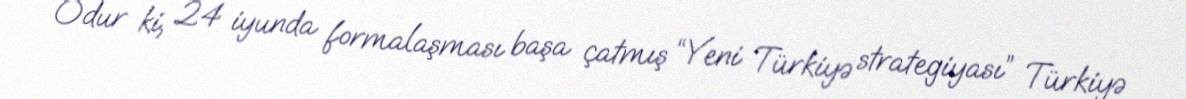
Odur ki, 24 iyunda formalaşması başa çatmış “Yeni Türkiyə strategiyası” Türkiyə